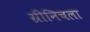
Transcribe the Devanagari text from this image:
ग्रीनिचला